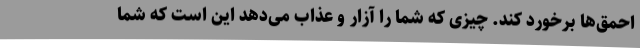
احمق‌ها برخورد کند. چیزی که شما را آزار و عذاب می‌دهد این است که شما